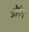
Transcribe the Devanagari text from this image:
जोरंग